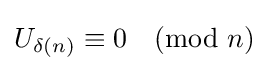
U_{\delta (n)}\equiv 0{\pmod {n}}